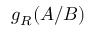
g _ { R } ( A / B )